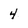
Character: 4